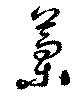
藁